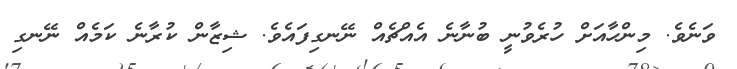
ވަނެވެ. މިންހާއަށް ހުރެވުނީ ބުނާނެ އެއްޗެއް ނޭނގިފައެވެ. ޝިޒާން ކުރާނެ ކަމެއް ނޭނގި